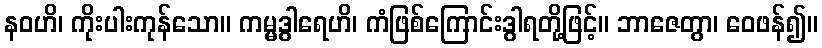
နဝဟိ၊ ကိုးပါးကုန်သော။ ကမ္မဒွါရေဟိ၊ ကံဖြစ်ကြောင်းဒွါရတို့ဖြင့်။ ဘာဇေတွာ၊ ဝေဖန်၍။